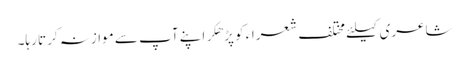
شاعری کیلئے مختلف شعراء کو پڑھکر اپنے آپ سے موازنہ کرتا رہا۔